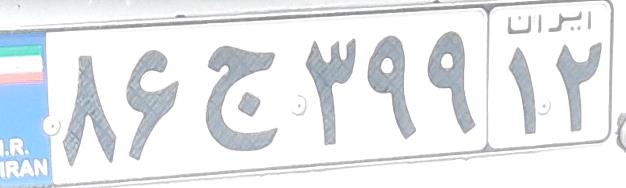
۸۶ج۳۹۹۱۲